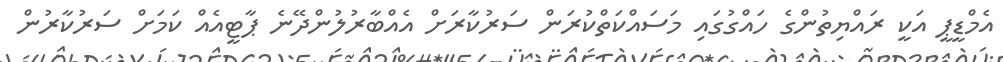
އެމްޑީޕީ އަކީ ރައްޔިތުންގެ ހައްގުގައި މަސައްކަތްކުރަން ސަރުކާރަށް އެއްބާރުލުންދޭނެ ޕާޓީއެއް ކަމަށް ސަރުކާރުން